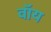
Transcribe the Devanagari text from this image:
वॉय